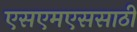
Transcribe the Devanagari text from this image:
एसएमएससाठी